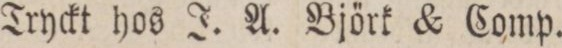
Tryckt hos J. A. Björk & Comp.